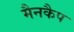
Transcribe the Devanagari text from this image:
मैनकैप